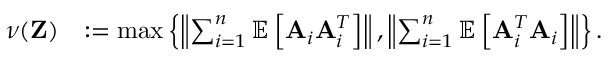
\begin{array} { r l } { \nu ( \mathbf { Z } ) } & { : = \operatorname* { m a x } \left\{ \left\| \sum _ { i = 1 } ^ { n } \mathbb { E } \left[ \mathbf { A } _ { i } \mathbf { A } _ { i } ^ { T } \right] \right\| , \left\| \sum _ { i = 1 } ^ { n } \mathbb { E } \left[ \mathbf { A } _ { i } ^ { T } \mathbf { A } _ { i } \right] \right\| \right\} . } \end{array}